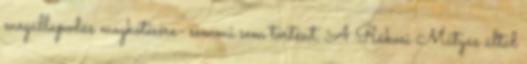
megállapodás megkötésére- semmi sem történt. A Rákosi Mátyás által